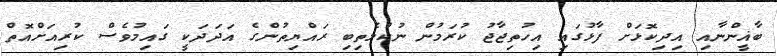
ބާޣީންނާއި އިދިކޮޅަށް ފާޅުގައި އިހުތިޖާޖު ކުރަމުން ނުކުމެތިބި ރައްޔިތުންގެ އަދަދަކީ ގައިމުވެސް ކުރިއަށްއޮތް